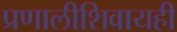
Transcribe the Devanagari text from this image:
प्रणालीशिवायही